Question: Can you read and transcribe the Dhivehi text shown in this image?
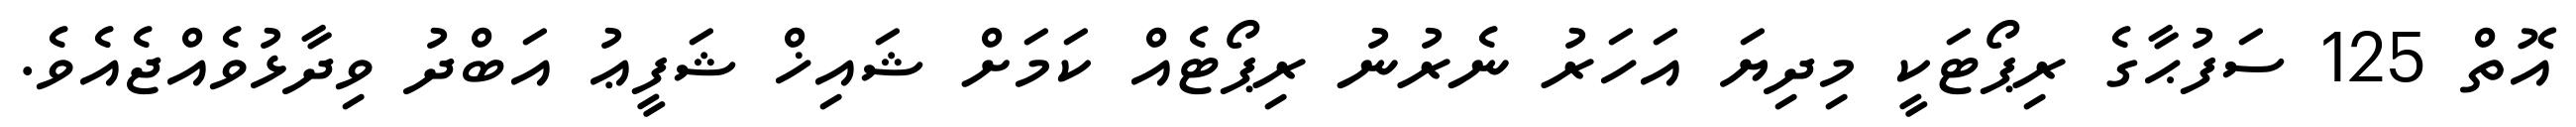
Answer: އޮތް 125 ސަފުޙާގެ ރިޕޯޓަކީ މިދިޔަ އަހަރު ނެރުނު ރިޕޯޓެއް ކަމަށް ޝައިޚް ޝަފީޢު އަބްދު ވިދާޅުވެއްޖެއެވެ.